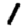
Digit: 1